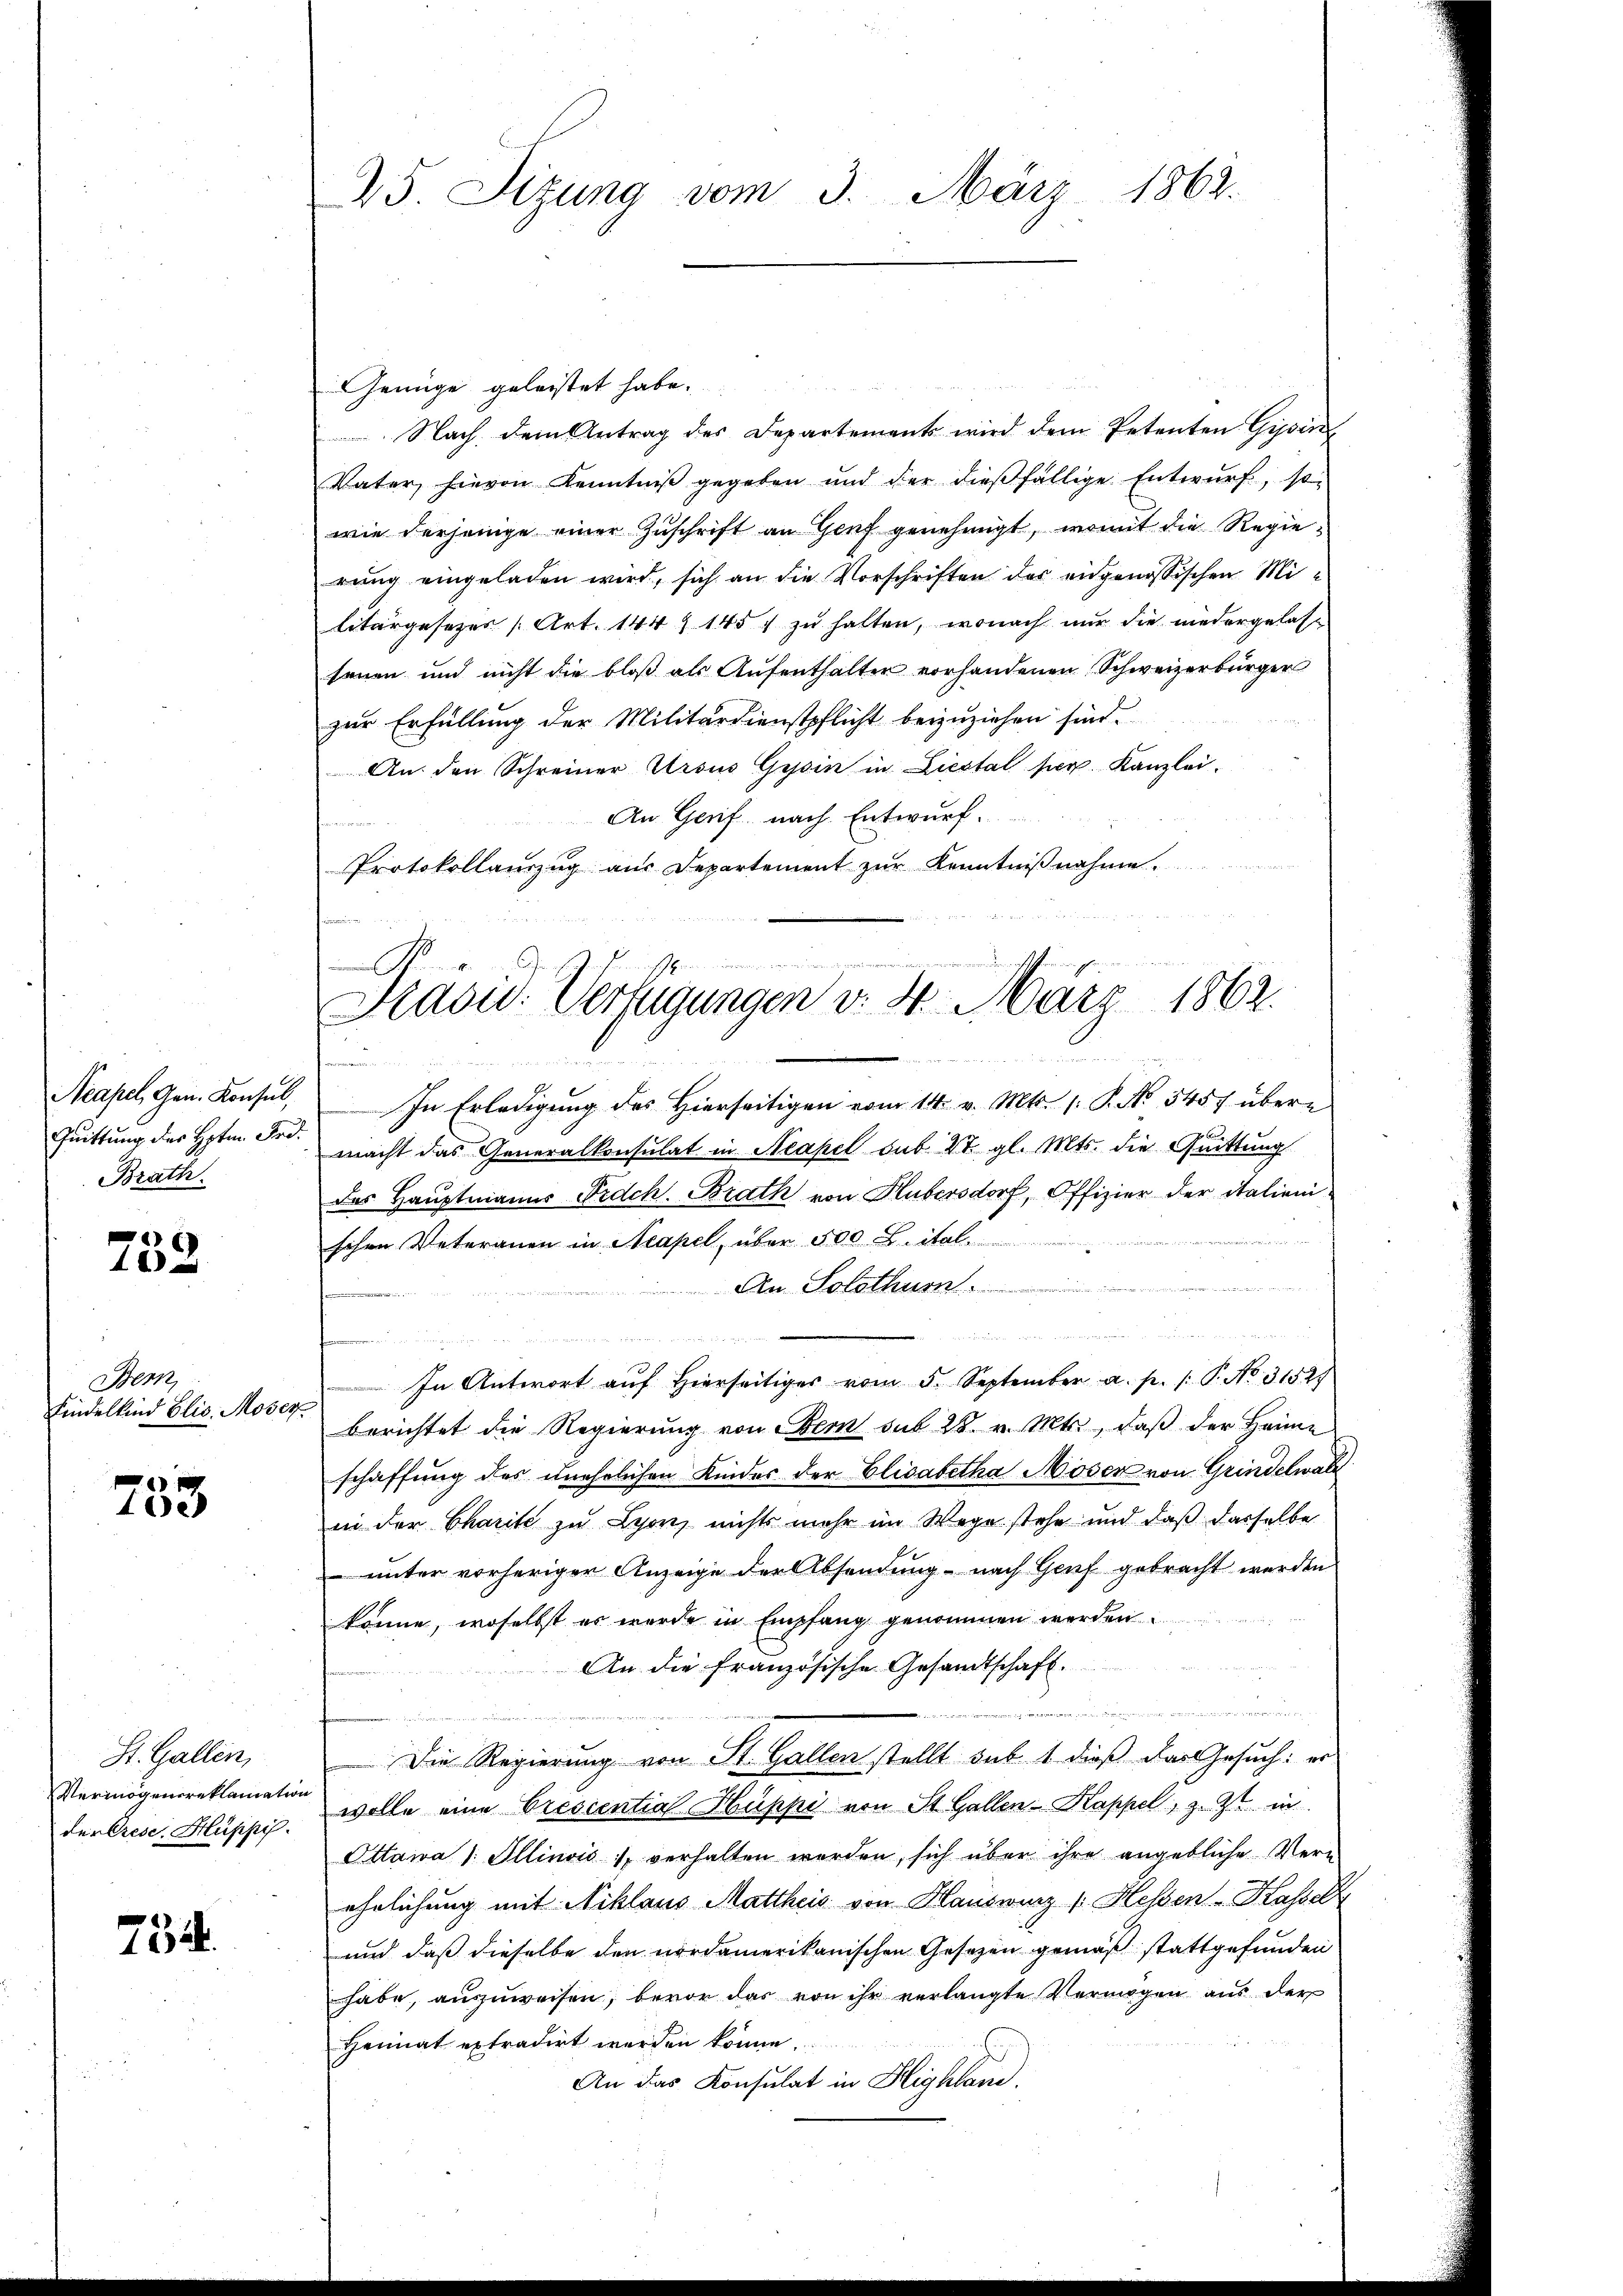
Neapel, Gen. Konsul,
Brath.

738.

Bern,
Kindelkind Elis. Moser

753

St. Gallen,
Vermögensreklamation
derGrese, Hüppi

754.

25. Sizung vom 3. März 1862.

inne

.
Präsid. Verfügungen v. 8. März 1862.

Genüge geleistet habe.
Nach dem Antrag des Departements wird dem Petenten Gipin
Vater hievon Kenntniß gegeben und der dießfällige Entwurf, so
wie derjenige einer Zuschrift an Genf genehmigt, womit die Regierung eingeladen wird, sich an die Vorschriften der eidgenössischen Militärgesezes (Art. 144 § 1457 zu halten, wonach nur die niedergelassenen und nicht die bloß als Aufenthalter vorhandenen Schweizerbürger
zur Erfüllung der Militärdienstpflicht beizuziehen sind.
An den Schreiner Ursus Gysin in Liestal sog. Kanzlei.
An Genf nach Entwurf.
Protokollauszug aus Departement zŭr Kenntniβnahme.
dner den Be
In Erledigŭng des hierseitigen vom 14. v. Mts. 1. P. No. 5457 übere
Quittung des Hptm. Fr. macht das Generalkonsulat in Neapel sub. 27. gl. Mts. die Quittung
des Hauptmanns Frdch. Brath von Hubersdorf, Offizier der italieni¬

e
schen Veteranen in Neapel, über 500 Leital
An Solothurn.
.
 en angen in
In Antwort auf hierseitiges vom 5. September a. p. /: P. No. 3152)
berichtet die Regierŭng von Bern sub 28. v. Mts., daβ der Heime
schaffung des unehelichen Kinder der Elisabetha Moser von Grindelwald
in der Charite zu Lyon, nichts mehr im Wege stehe und daß dasselbe
unter vorheriger Anzeige der Absendung - nach Genf gebracht werden
könne, woselbst es wurde in Empfang genommen werden.
An die Französische Gesandtschaft.
n
e
Die Regierung von St. Gallen stellt sub 1. dieß das Gesuch: er
wolle eine Crescential Huppi von St. Gallen-Kappel, z. Z. in
Ottawa 1. Illinois verhalten werden, sich über ihre angebliche Verehrlichung mit Niklaus Mattheis von Hauswurz / Hessen - Kassel
und daß dieselbe den nordamerikanischen Gesetzen gemäß stattgefunden
habe, auszuweisen, bevor das von ihr verlangte Vermögen aus der
Heimat extradirt werden könne.
An das Konsulat in Highland.